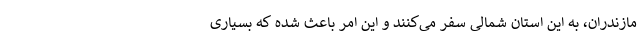
مازندران، به این استان شمالی سفر می­‌کنند و این امر باعث شده که بسیاری